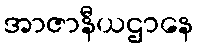
အာဇာနီယဌာနေ